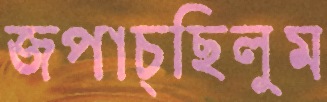
জপাচ্ছিলুম